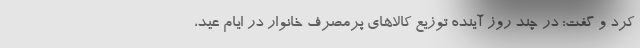
کرد و گفت: در چند روز آینده توزیع کالاهای پرمصرف خانوار در ایام عید،